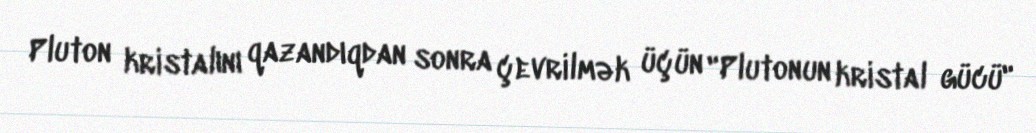
Pluton kristalını qazandıqdan sonra çevrilmək üçün "Plutonun kristal gücü"